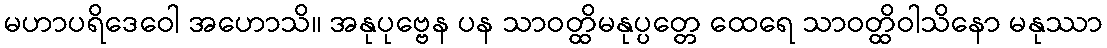
မဟာပရိဒေဝေါ အဟောသိ။ အနုပုဗ္ဗေန ပန သာဝတ္ထိမနုပ္ပတ္တေ ထေရေ သာဝတ္ထိဝါသိနော မနုဿာ